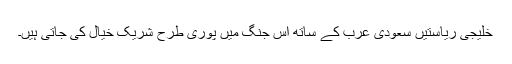
خلیجی ریاستیں سعودی عرب کے ساتھ اس جنگ میں پوری طرح شریک خیال کی جاتی ہیں۔